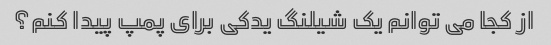
از کجا می توانم یک شیلنگ یدکی برای پمپ پیدا کنم؟